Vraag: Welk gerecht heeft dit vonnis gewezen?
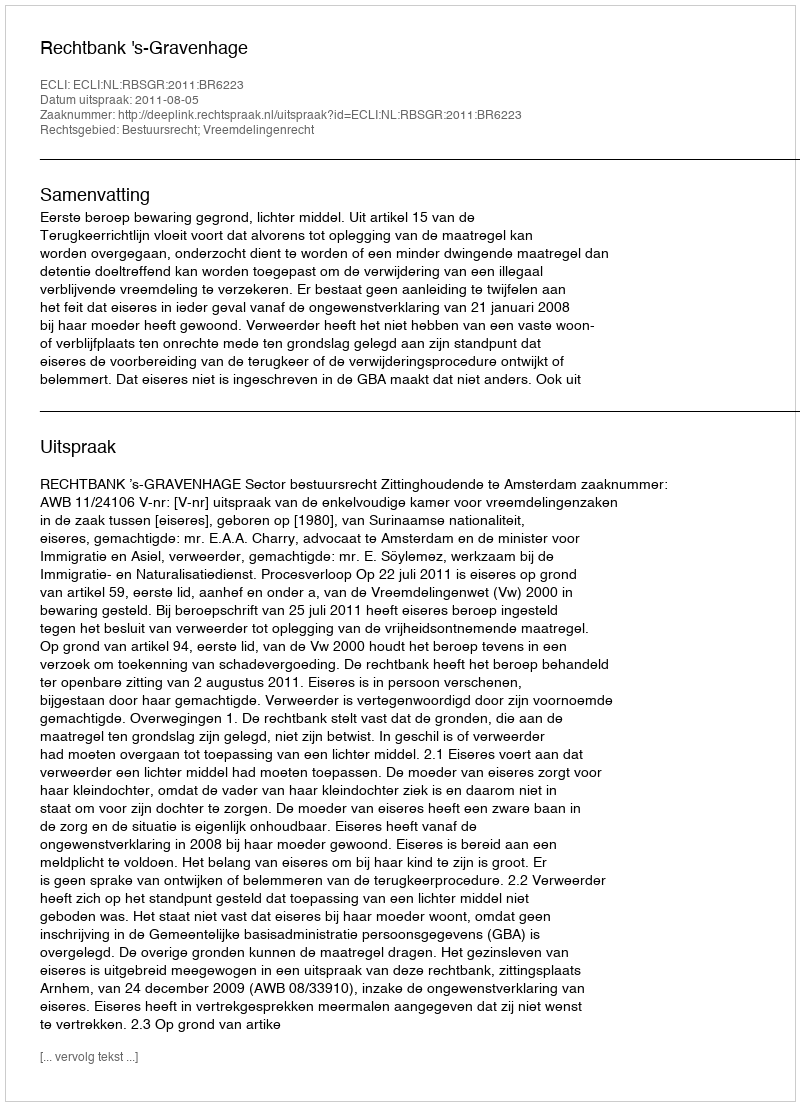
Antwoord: Rechtbank 's-Gravenhage